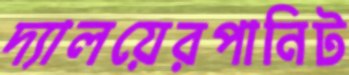
দ্যালয়েরপানিট